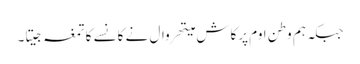
جبکہ ہم وطن اوم پرکاش میتھروال نے کانسے کا تمغہ جیتا۔